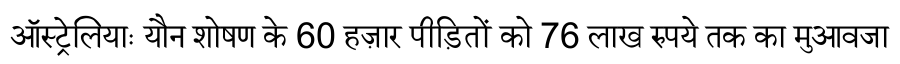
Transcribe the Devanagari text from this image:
ऑस्ट्रेलियाः यौन शोषण के 60 हज़ार पीड़ितों को 76 लाख रुपये तक का मुआवजा